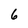
Character: 6